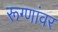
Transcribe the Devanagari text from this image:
रूग्णांवर